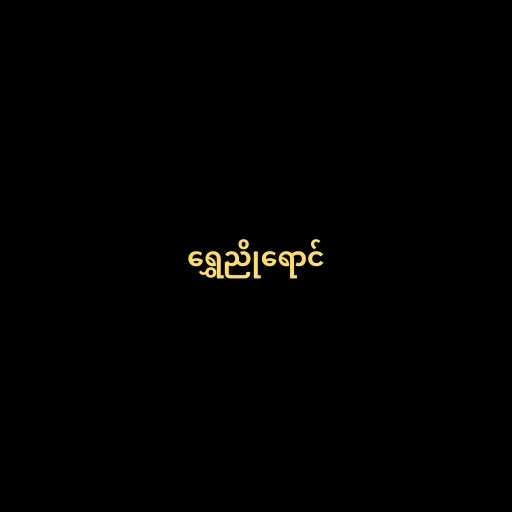
ရွှေညိုရောင်